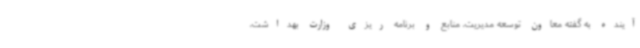
آینده به گفته معاون توسعه مدیریت، منابع و برنامه ریزی وزارت بهداشت،